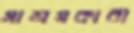
সাশ্রয়কারী